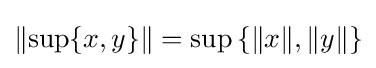
\left\|\sup\{x,y\}\right\|=\sup \left\{\|x\|,\|y\|\right\}